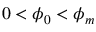
0 < \phi _ { 0 } < \phi _ { m }